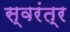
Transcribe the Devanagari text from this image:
स्वरंत्र